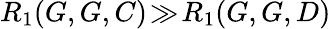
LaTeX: R_{1}(G,G,C)\! \gg\! R_{1}(G,G,D)